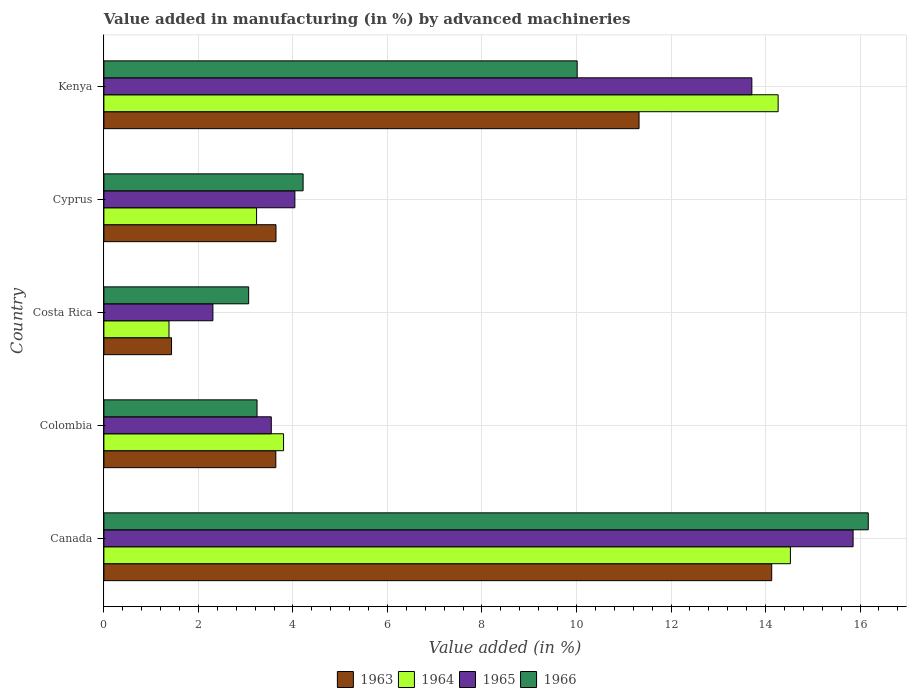
| Country | 1963 | 1964 | 1965 | 1966 |
 | --- | --- | --- | --- | --- |
 | Canada | 14.1 | 14.5 | 15.9 | 16.2 |
 | Colombia | 3.64 | 3.8 | 3.54 | 3.24 |
 | Costa Rica | 1.43 | 1.38 | 2.31 | 3.06 |
 | Cyprus | 3.64 | 3.23 | 4.04 | 4.22 |
 | Kenya | 11.3 | 14.3 | 13.7 | 10 |